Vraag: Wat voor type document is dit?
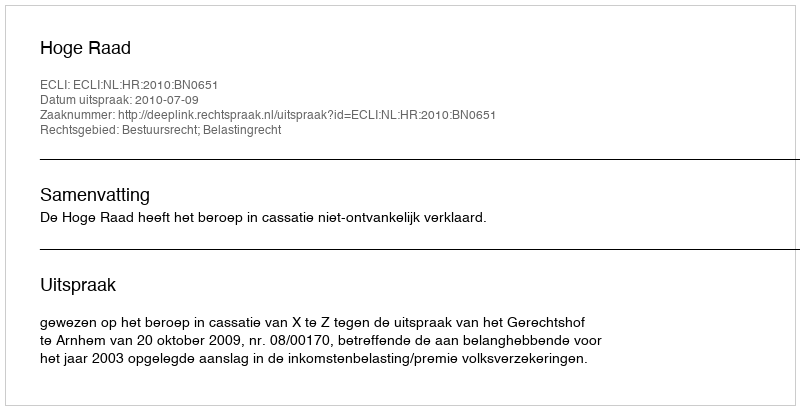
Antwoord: Uitspraak